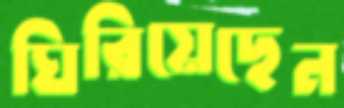
ঘিরিয়েছেন